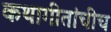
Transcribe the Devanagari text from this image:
कथागीतांचीच